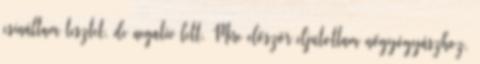
csináltam tesztet, de negatív lett. Mire először eljutottam nőgyógyászhoz,